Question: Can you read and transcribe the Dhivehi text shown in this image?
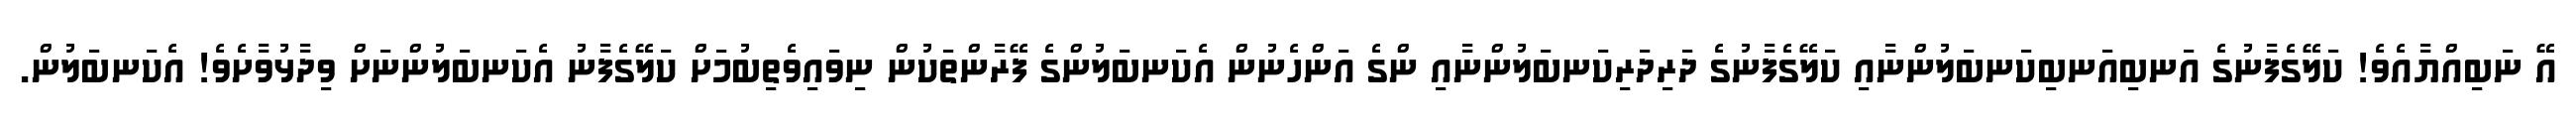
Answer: އޭ ނަބިއްޔާއެވެ! ކަލޭގެފާނުގެ އަނބިއަނބިކަނބަލުންނާއި ކަލޭގެފާނުގެ ދަރިދަރިކަނބަލުންނާއި ންގެ އަންހެނުން އެކަނބަލުންގެ ފޭރާންތަކުން ނިވައިވެތިބުމަށް ކަލޭގެފާނު އެކަނބަލުންނަށް ވިދާޅުވާށެވެ! އެކަނބަލުން.